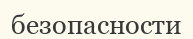
безопасности